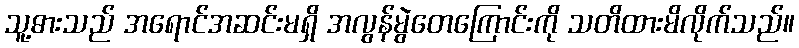
သူ့ဓားသည် အရောင်အဆင်းမရှိ အလွန်မွဲတေကြောင်းကို သတိထားမိလိုက်သည်။